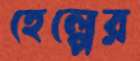
হেল্পের